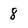
Character: 8